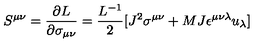
S ^ { \mu \nu } = { \frac { \partial L } { \partial \sigma _ { \mu \nu } } } = { \frac { L ^ { - 1 } } { 2 } } [ J ^ { 2 } \sigma ^ { \mu \nu } + { M J } \epsilon ^ { \mu \nu \lambda } u _ { \lambda } ]